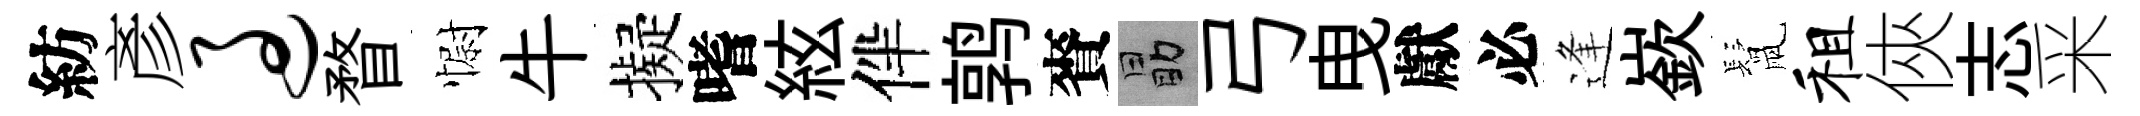
紡彥过瞀𢠢牛擬嗜絃伴鹑賚勗弓曳獻必逢嶔鬛租俠志采